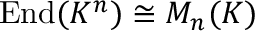
\operatorname { E n d } ( K ^ { n } ) \cong M _ { n } ( K )